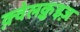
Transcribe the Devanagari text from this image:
क़्वेलक़ुइज़